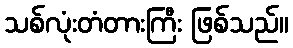
သစ်လုံးတံတားကြီး ဖြစ်သည်။